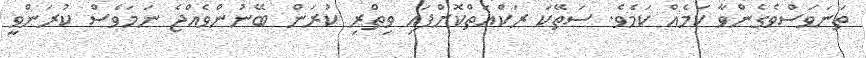
ތަނަވަސްވެގެންވާ ކަމެއް ކަމެވެ. ސަތޭކަ ރަކްޢަތްކޮށްފައި ވިތްރި ކުރަން ބޭނުންވެއްޖެ ނަމަވެސް ކުރަންވީ